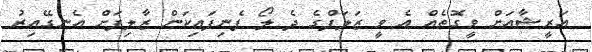
އަރީޝާއަށް ވީގޮތެއް އެ ވީ ޒަލަފްގެ ދެ ލޯ ފެނިފައިކަން ޒާލިފަށް އެނގޭއިރު